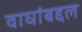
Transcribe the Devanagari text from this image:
वाघांबद्दल